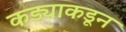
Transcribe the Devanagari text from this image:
कड्याकडून